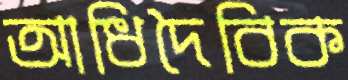
আধিদৈবিক